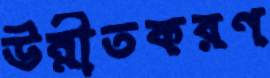
উন্নীতকরণ